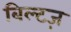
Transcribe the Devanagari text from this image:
बिल्टज़